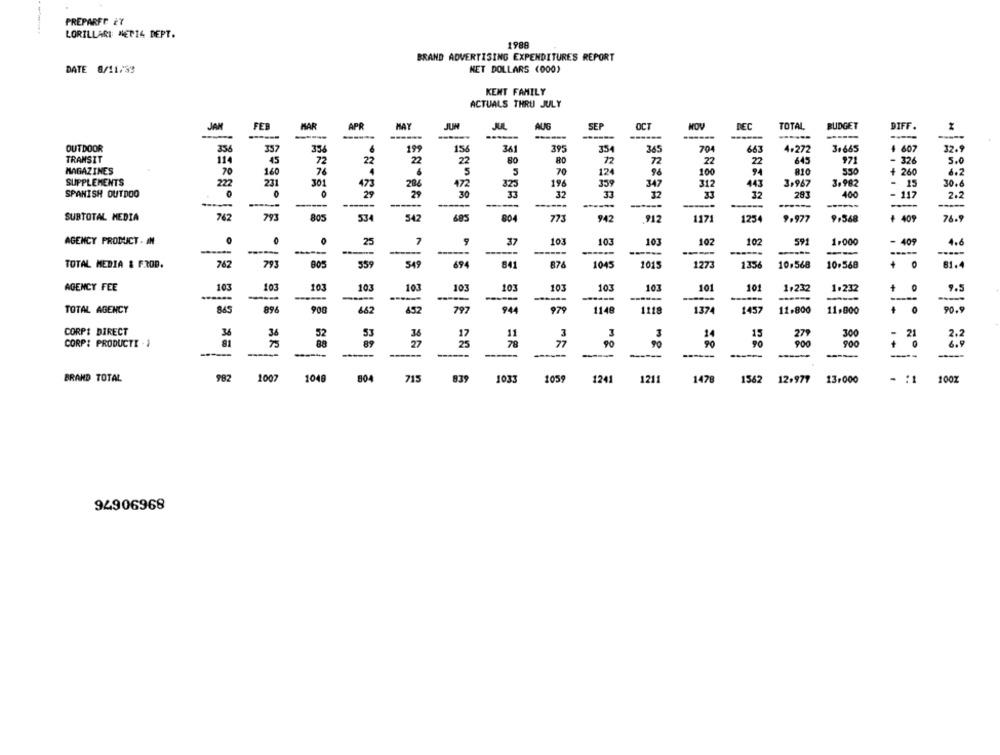
PREPARFE ET
LORILLARI MET14 DEPT.
1988
BRAND ADVERTISING EXPENDITURES REPORT
DATE 8/11/39
NET DOLLARS (000)
KENT FAMILY
ACTUALS THRU JULY
JAN
FEB
MAR
APR
MAY
JUN
JUL
AUG
SEP
MOU
REC
TOTAL
BUDGET
DIFF .
-------
------
OUTDOOR
336
337
334
199
1:56
341
395
70
663
4.272
3+665
4 607
32.
TRANSIT
114
45
22
22
22
RO
72
27
22
645
72
971
- 326
5.0
MAGAZINES
70
160
76
4
5
70
124
96
100
94
810
550
+ 260
6. 2
SUPPLEMENTS
301
473
196
359
312
443
3,967
3,982
222
231
472
32:
347
30.
SPANISH OUTDOO
29
29
30
32
32
32
283
400
- 117
2.2
-----
-----
-
SUBTOTAL MEDIA
762
793
805
534
542
685
804
773
942
912
1171
1254
9.977
9,568
+ 409
76.
AGENCY PRODUCT - AN
25
7
37
103
103
103
102
102
591
1.000
- 409
4.6
------
---
---
TOTAL MEDIA & FROD.
767
805
559
549
694
841
874
1045
1015
1273
1334
10.568
10.568
+
O
81.
AGENCY FEE
103
103
103
103
103
103
103
103
103
103
10
101
1.232
1.232
+
9.5
------
------
--
-
TOTAL AGENCY
845
89
900
662
797
944
979
1148
1218
1374
1457
11.800
11.000
90. 9
CORPI DIRECT
36
34
3
15
279
300
21
52
53
36
11
3
14
CORP: PRODUCTI - 1
81
75
89
27
78
77
90
900
900
2:2
-----
-----
-
----
BRAND TOTAL
1007
1048
715
839
1033
105
1241
982
804
1211
1478
1562
12.977
13.000
- : 1
94906968